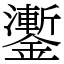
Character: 𨮜